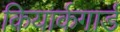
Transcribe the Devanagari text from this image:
कियार्कगार्ड